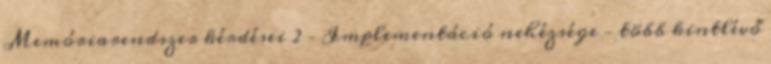
Memóriarendszer kérdései 2 – Implementáció nehézsége – több kintlévő